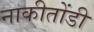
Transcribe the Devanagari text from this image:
नाकीतोंडी